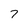
Character: 7